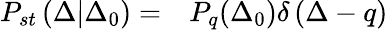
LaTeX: \begin{array}{rl}{P_{st}\left(\Delta|\Delta_{0}\right)=}&{{}P_{q}(\Delta_{0})\delta\left(\Delta-q\right)}\end{array}